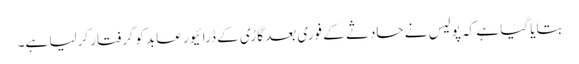
بتایا گیا ہے کہ پولیس نے حادثے کے فوری بعد گاڑی کے ڈرائیور عابد کوگرفتار کرلیا ہے۔